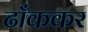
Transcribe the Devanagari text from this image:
ढाँककर